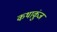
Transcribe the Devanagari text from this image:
कथाकुंज